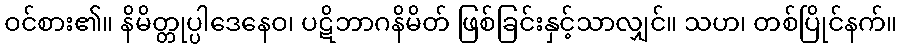
ဝင်စား၏။ နိမိတ္တုပ္ပါဒေနေဝ၊ ပဋိဘာဂနိမိတ် ဖြစ်ခြင်းနှင့်သာလျှင်။ သဟ၊ တစ်ပြိုင်နက်။